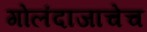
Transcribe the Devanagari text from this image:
गोलंदाजाचेच